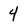
Character: 4